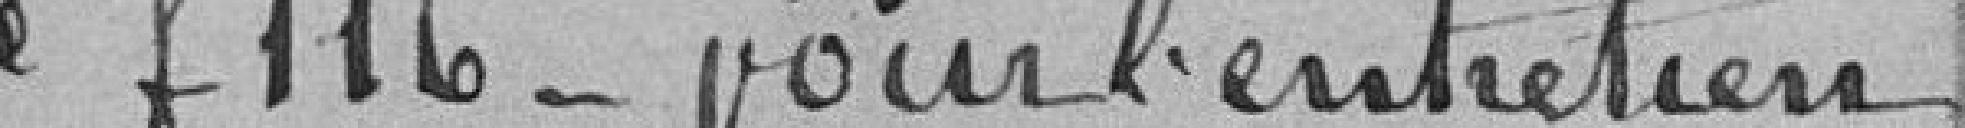
de 116 francs pour l'entretien